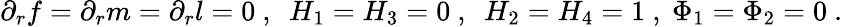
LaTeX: \partial_{r}f=\partial_{r}m=\partial_{r}l=0\ ,\ \ H_{1}=H_{3}=0\ ,\ \ H_{2}=H_{4}=1\ ,\ \Phi_{1}=\Phi_{2}=0\ .